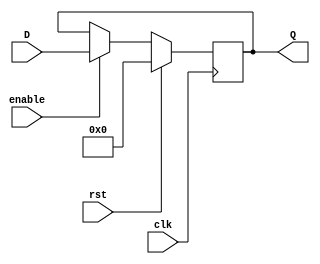
// Wilfer Daniel Ciro Maya - 2023

module register(D, Q, enable, clk, rst);
	// Parameters declarations
	parameter BUS_SIZE = 32;
	
	// Inputs declarations
	input [BUS_SIZE - 1 : 0] D;
	input enable;
	input clk;
	input rst;
	
	// Outputs declarations
	output reg [BUS_SIZE - 1 : 0] Q;
	
	// Logic block
	always @(posedge clk)
	begin
		if (rst)
			Q = {BUS_SIZE{1'b0}};
		else if(enable)
			Q = D;
	end
endmodule